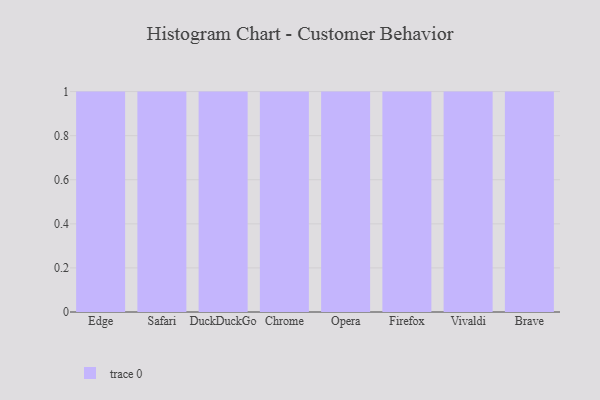
{"axis": {"x": "Browser", "y": "Churn Rate (%)"}, "legend": [""], "data": [{"x": "Edge", "y": 64, "type": ""}, {"x": "Safari", "y": 46, "type": ""}, {"x": "DuckDuckGo", "y": 89, "type": ""}, {"x": "Chrome", "y": 49, "type": ""}, {"x": "Opera", "y": 27, "type": ""}, {"x": "Firefox", "y": 53, "type": ""}, {"x": "Vivaldi", "y": 12, "type": ""}, {"x": "Brave", "y": 52, "type": ""}]}